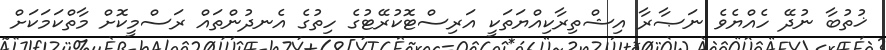
ޚުތުބާ ނުދޭ ހެއްޔެވެ ނަޞާރާ އިޝްތިރާކިއްޔަތަކީ އަރިސްޓޮކުރޭޓުގެ ހިތުގެ އެނދުންތައް ރަސްމީކޮށް މާތްކަމަކަށް